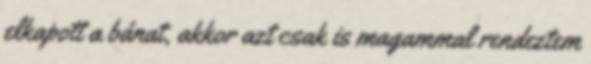
elkapott a bánat, akkor azt csak is magammal rendeztem